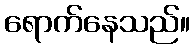
ရောက်နေသည်။